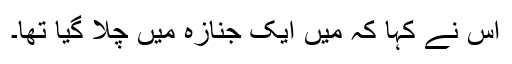
اس نے کہا کہ میں ایک جنازہ میں چلا گیا تھا۔